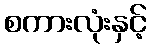
စကားလုံးနှင့်